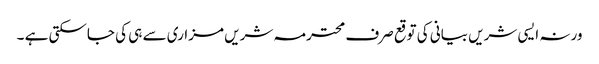
ورنہ ایسی شریں بیانی کی توقع صرف محترمہ شریں مزاری سے ہی کی جاسکتی ہے ۔